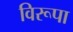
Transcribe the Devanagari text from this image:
विरूपा